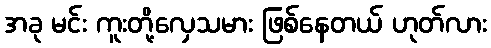
အခု မင်း ကူးတို့လှေသမား ဖြစ်နေတယ် ဟုတ်လား